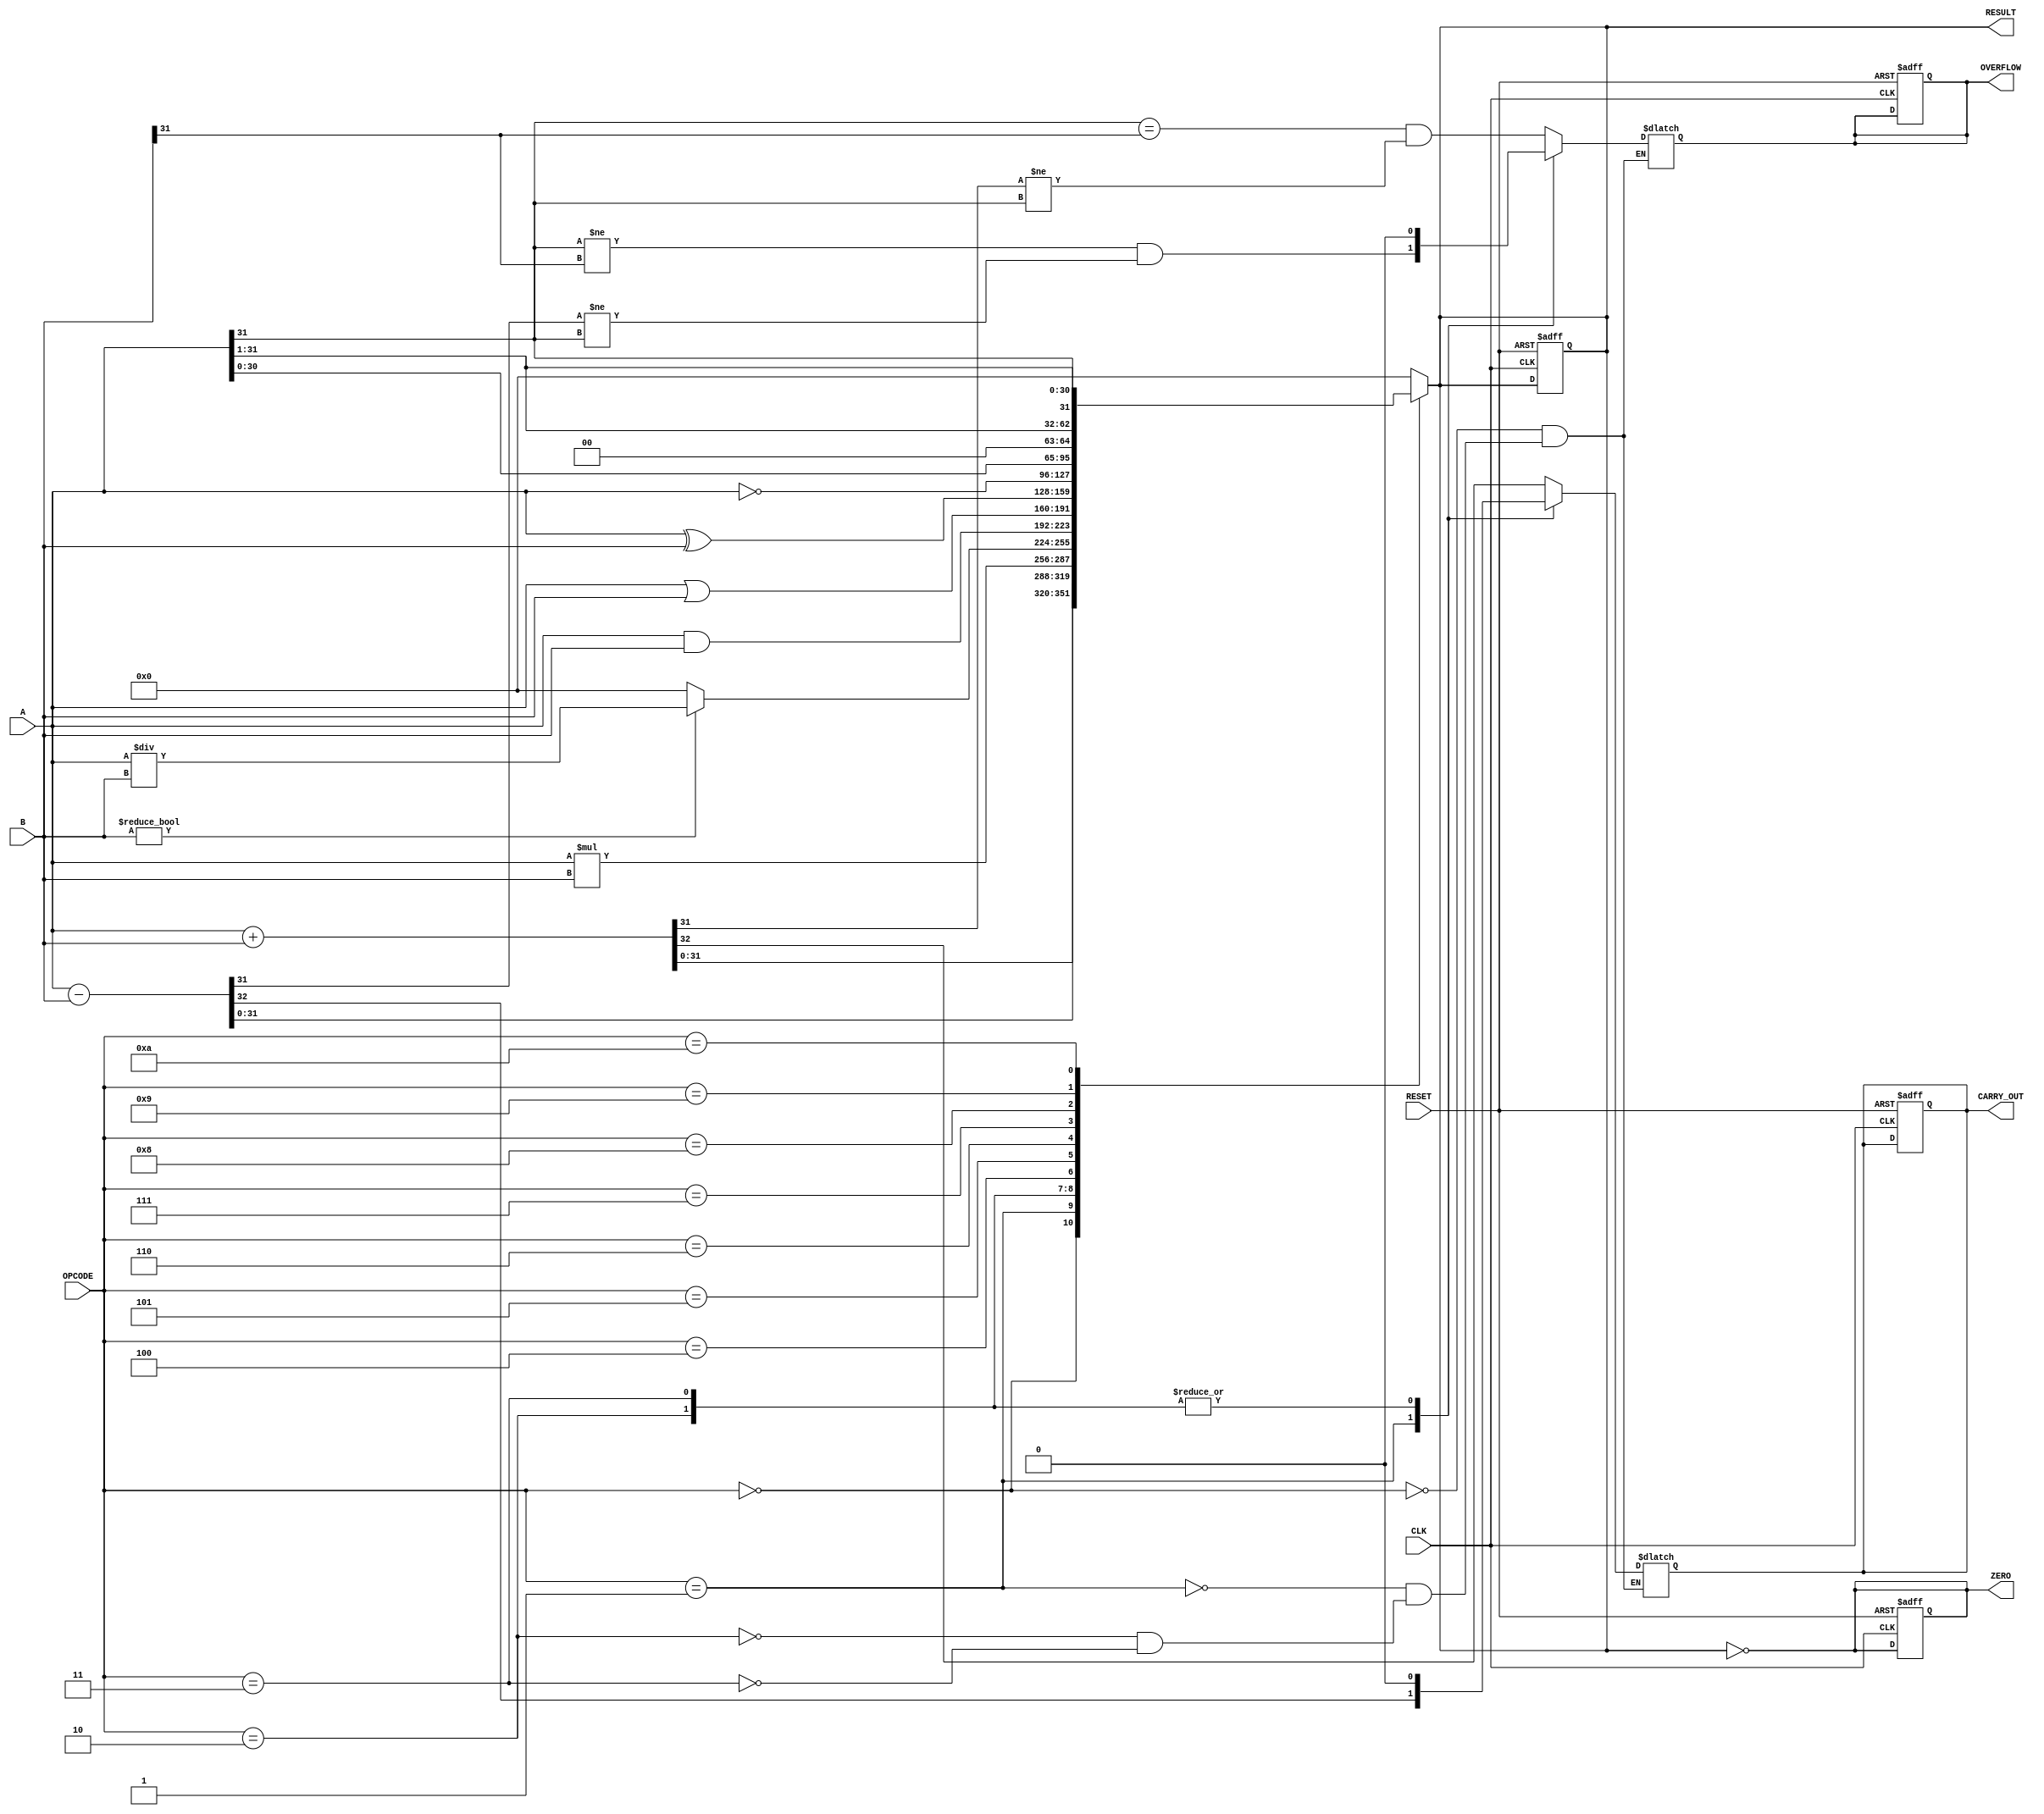
module parameterized_alu #(
    parameter DATA_WIDTH = 32 // Default data width
)(
    input  wire [DATA_WIDTH-1:0] A,        // First operand
    input  wire [DATA_WIDTH-1:0] B,        // Second operand
    input  wire [3:0] OPCODE,               // Operation Code
    input  wire CLK,                        // Clock signal
    input  wire RESET,                      // Reset signal
    output reg  [DATA_WIDTH-1:0] RESULT,   // Result of the operation
    output reg  ZERO,                       // Zero flag
    output reg  OVERFLOW,                   // Overflow flag
    output reg  CARRY_OUT                   // Carry out flag
);

// Define operation codes
localparam [3:0] 
    OP_ADD      = 4'b0000,
    OP_SUB      = 4'b0001,
    OP_MUL      = 4'b0010,
    OP_DIV      = 4'b0011,
    OP_AND      = 4'b0100,
    OP_OR       = 4'b0101,
    OP_XOR      = 4'b0110,
    OP_NOT      = 4'b0111,
    OP_SLL      = 4'b1000, // Shift Left Logical
    OP_SRL      = 4'b1001, // Shift Right Logical
    OP_SRA      = 4'b1010; // Shift Right Arithmetic

// Combinational logic for ALU operations
always @(*) begin
    case (OPCODE)
        OP_ADD: begin
            {CARRY_OUT, RESULT} = A + B; // Addition
            OVERFLOW = (A[DATA_WIDTH-1] == B[DATA_WIDTH-1]) && (RESULT[DATA_WIDTH-1] != A[DATA_WIDTH-1]);
        end
        OP_SUB: begin
            {CARRY_OUT, RESULT} = A - B; // Subtraction
            OVERFLOW = (A[DATA_WIDTH-1] != B[DATA_WIDTH-1]) && (RESULT[DATA_WIDTH-1] != A[DATA_WIDTH-1]);
        end
        OP_MUL: begin
            RESULT = A * B; // Multiplication
            CARRY_OUT = 1'b0; // No carry out for multiplication
            OVERFLOW = 1'b0; // Overflow handling can be added
        end
        OP_DIV: begin
            RESULT = (B != 0) ? (A / B) : 0; // Division; handle division by zero
            CARRY_OUT = 1'b0; // No carry out for division
            OVERFLOW = 1'b0; // Overflow handling can be added
        end
        OP_AND: RESULT = A & B; // AND
        OP_OR:  RESULT = A | B; // OR
        OP_XOR: RESULT = A ^ B; // XOR
        OP_NOT: RESULT = ~A;     // NOT
        OP_SLL: RESULT = A << 1; // Shift Left Logical
        OP_SRL: RESULT = A >> 1; // Shift Right Logical
        OP_SRA: RESULT = $signed(A) >>> 1; // Shift Right Arithmetic
        default: RESULT = 0; // Default case
    endcase

    // Compute ZERO flag
    ZERO = (RESULT == 0);
end

// Synchronous logic for updating results and flags
always @(posedge CLK or posedge RESET) begin
    if (RESET) begin
        RESULT <= 0;
        ZERO <= 0;
        OVERFLOW <= 0;
        CARRY_OUT <= 0;
    end else begin
        // The combinational block handles the result and flags
    end
end

endmodule